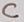
Text: C